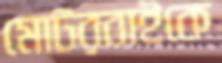
মোটরবাইকে